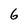
Character: 6